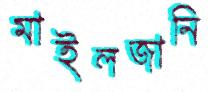
মাইলজানি